Annual report on the Civil Veterinary Department, Burma (including the Insein Veterinary School) - 1923-1931
Year: 1923
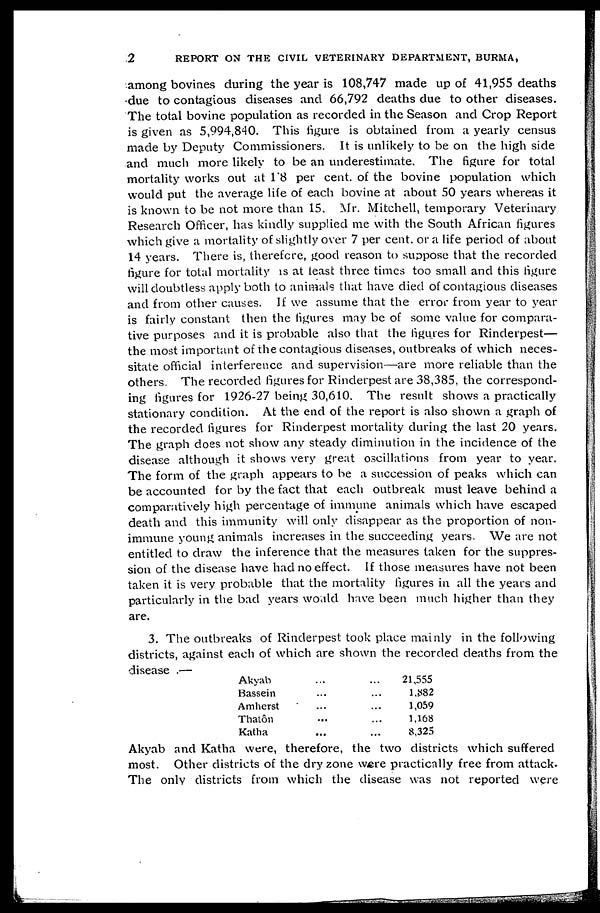
2
REPORT ON THE CIVIL VETERINARY DEPARTMENT, BURMA,
among bovines during the year is 108,747 made up of 41,955 deaths
due to contagious diseases and 66,792 deaths due to other diseases.
The total bovine population as recorded in the Season and Crop Report
is given as 5,994,840. This figure is obtained from a yearly census
made by Deputy Commissioners. It is unlikely to be on the high side
and much more likely to be an underestimate. The figure for total
mortality works out at 1.8 per cent. of the bovine population which
would put the average lite of each bovine at about 50 years whereas it
is known to be not more than 15. Mr. Mitchell, temporary Veterinary
Research Officer, has kindly supplied me with the South African figures
which give a mortality of slightly over 7 per cent. or a life period of about
14 years. There is, therefore, good reason to suppose that the recorded
figure for total mortality is at least three times too small and this figure
will doubtless apply both to animals that have died of contagious diseases
and from other causes. If we assume that the error from year to year
is fairly constant then the figures may be of some value for compara-
tive purposes and it is probable also that the figures for Rinderpest—
the most important of the contagious diseases, outbreaks of which neces-
sitate official interference and supervision—are more reliable than the
others. The recorded figures for Rinderpest are 38,385, the correspond-
ing figures for 1926-27 being 30,610. The result shows a practically
stationary condition. At the end of the report is also shown a graph of
the recorded figures for Rinderpest mortality during the last 20 years.
The graph does not show any steady diminution in the incidence of the
disease although it shows very great oscillations from year to year.
The form of the graph appears to be a succession of peaks which can
be accounted for by the fact that each outbreak must leave behind a
comparatively high percentage of immune animals which have escaped
death and this immunity will only disappear as the proportion of non-
immune young animals increases in the succeeding years. We are not
entitled to draw the inference that the measures taken for the suppres-
sion of the disease have had no effect. If those measures have not been
taken it is very probable that the mortality figures in all the years and
particularly in the bad years would have been much higher than they
are.
3. The outbreaks of Rinderpest took place mainly in the following
districts, against each of which are shown the recorded deaths from the
disease .—
Akyab
Bassein
Amherst
Thatôn
Katha
...
...
...
...
...
...
...
...
...
...
21,555
1,882
1,059
1,168
8,325
Akyab and Katha were, therefore, the two districts which suffered
most. Other districts of the dry zone were practically free from attack.
The only districts from which the disease was not reported were